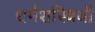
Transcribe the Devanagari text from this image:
धर्मशस्त्रियों